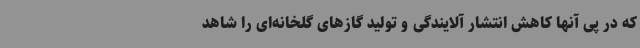
که در پی آنها کاهش انتشار آلایندگی و تولید گازهای گلخانه‌ای را شاهد